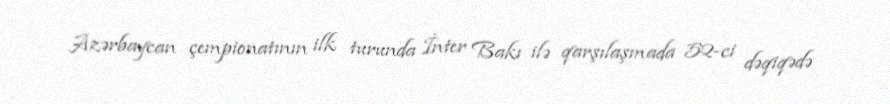
Azərbaycan çempionatının ilk turunda İnter Bakı ilə qarşılaşmada 52-ci dəqiqədə